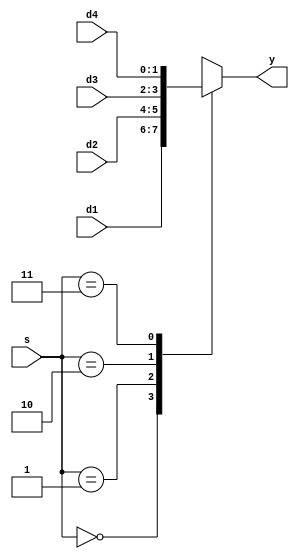
`timescale 1ns / 1ps
module mux41(
    output reg [1:0] y,
    input [1:0] s, d1, d2, d3, d4);
    always@(s)
    begin
        case(s)
            2'd0: y = d1;
            2'd1: y = d2;
            2'd2: y = d3;
            2'd3: y = d4;
        default: y = 2'd0;
        endcase
    end
endmodule